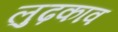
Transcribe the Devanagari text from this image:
लुढ़काव